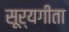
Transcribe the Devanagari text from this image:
सूर्यगीता